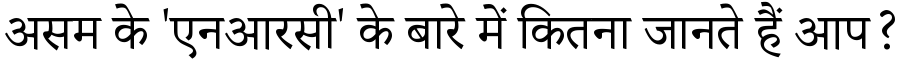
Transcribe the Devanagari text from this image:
असम के 'एनआरसी' के बारे में कितना जानते हैं आप?